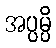
အပ္ပမ္ပိ